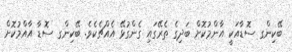
ބޭކިންގ ސޮޑާއަކީ އާންމުކޮށް ބަދިގެ ތެރޭގައި ގެންގުޅޭ އެއްޗެކެވެ. ބޭކިންގ ސޮޑާ އާއްމުކޮށް